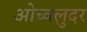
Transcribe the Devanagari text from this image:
ओच्क्लुदर